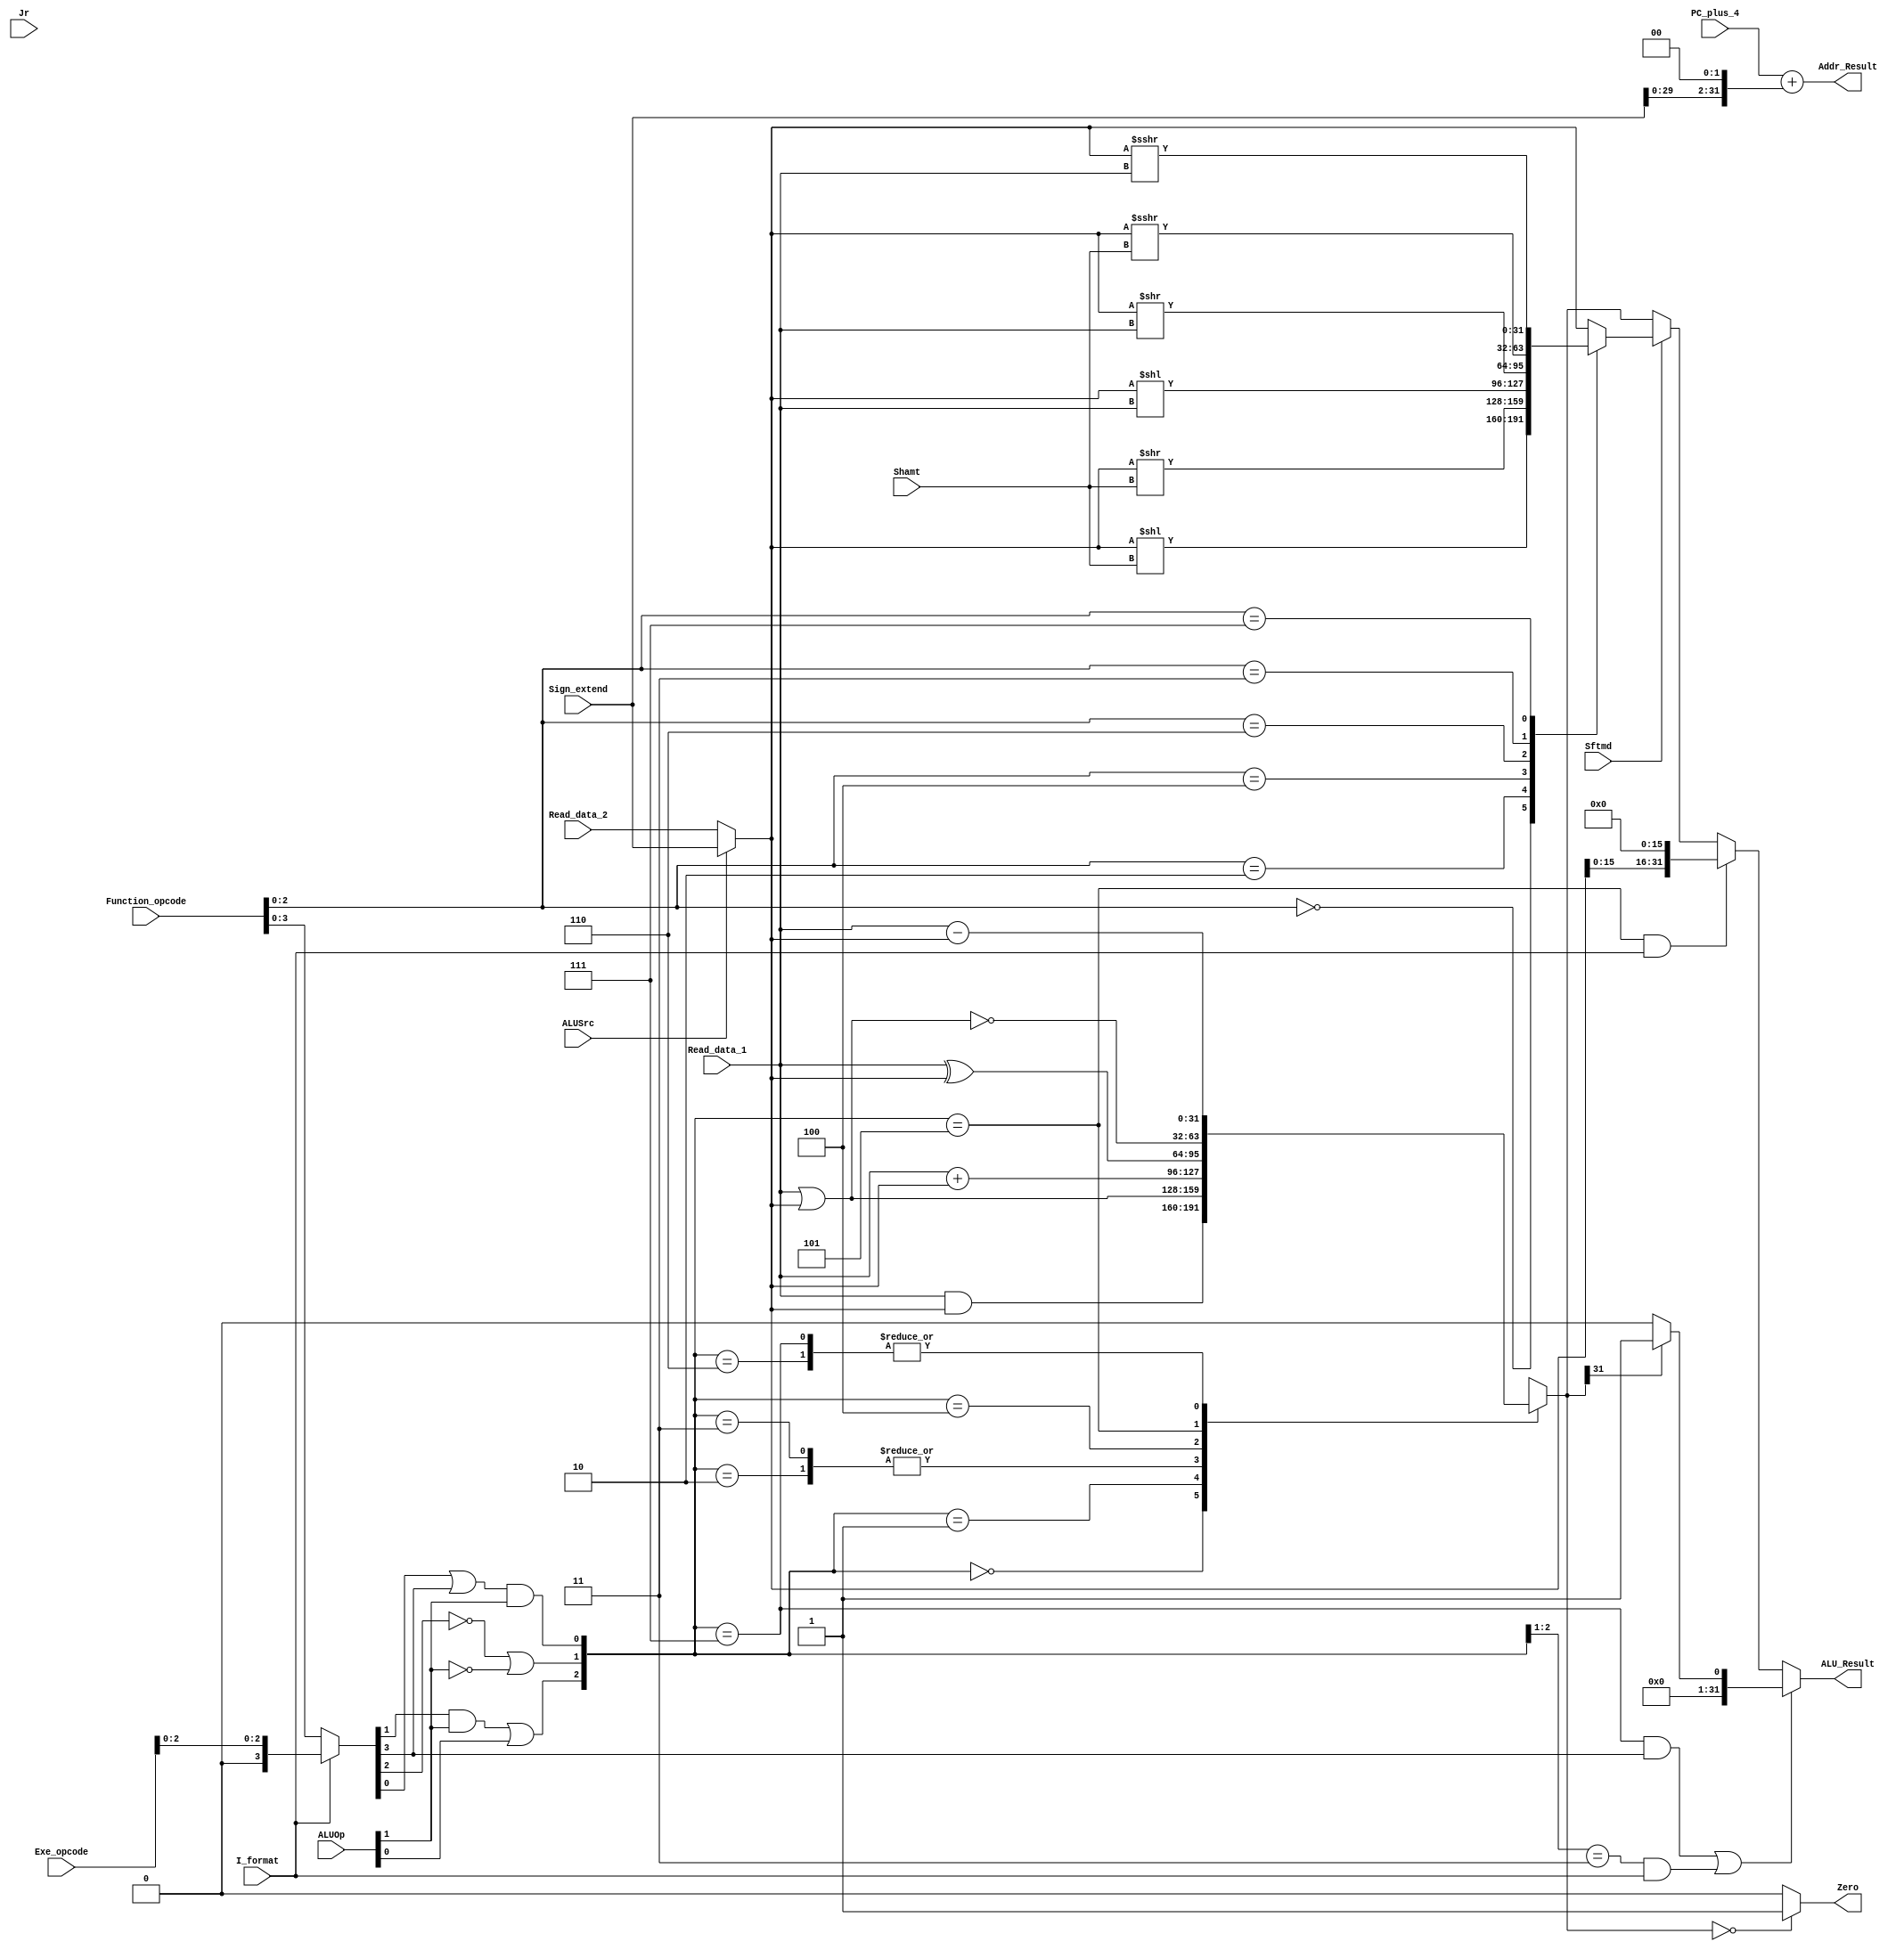
`timescale 1ns / 1ps

module Executs32(
    input [31:0] Read_data_1,
    input [31:0] Read_data_2,
    input [31:0] Sign_extend,
    input [5:0] Function_opcode,
    input [5:0] Exe_opcode,
    input [1:0] ALUOp,
    input [4:0] Shamt,
    input Sftmd,
    input ALUSrc,
    input I_format,
    input Jr,
    output Zero, 
    //the ALU calculation result
    output reg [31:0] ALU_Result,
    output[31:0] Addr_Result,
    input [31:0] PC_plus_4
    );
    
    //two operands for calculation
    wire[31:0] Ainput;
    wire[31:0] Binput;
    //use to generate ALU_ctrl. (I_format==0) ? Function_opcode : { 3'b000 , Opcode[2:0] }.
    wire[5:0] Exe_code; 
    //the control signals which affact operation in ALU directely.
    wire[2:0] ALU_ctl;
    //identify the types of shift instruction, equals to Function_opcode[2:0].
    wire[2:0] Sftm;
    //the result of shift operation.
    reg[31:0] Shift_Result;
    //the result of arithmetic or logic calculation.
    reg[31:0] ALU_output_mux;
    //the calculated address of the instruction, Addr_Result is Branch_Addr[31:0]
    wire[32:0] Branch_Addr; 
    
    assign Ainput = Read_data_1;
    assign Sftm = Function_opcode[2:0];
    assign Binput = (ALUSrc == 0) ? Read_data_2:Sign_extend[31:0];
    assign Exe_code = (I_format == 0) ? Function_opcode:{3'b000, Exe_opcode[2:0]};
    assign ALU_ctl[0] = (Exe_code[0] | Exe_code[3]) & ALUOp[1];
    assign ALU_ctl[1] = ((!Exe_code[2]) | (!ALUOp[1]));
    assign ALU_ctl[2] = (Exe_code[1] & ALUOp[1]) | ALUOp[0];
    assign Branch_Addr = PC_plus_4 + (Sign_extend << 2);
    assign Addr_Result = Branch_Addr[31:0];
    assign Zero = (ALU_output_mux == 0) ? 1'b1 : 1'b0;
    
    always @(ALU_ctl or Ainput or Binput) begin
        case(ALU_ctl)
            3'b000: ALU_output_mux = Ainput & Binput;
            3'b001: ALU_output_mux = Ainput | Binput;
            3'b010: ALU_output_mux = Ainput + Binput;
            3'b011: ALU_output_mux = Ainput + Binput;
            3'b100: ALU_output_mux = Ainput ^ Binput;
            3'b101: ALU_output_mux = ~(Ainput | Binput);
            3'b110: ALU_output_mux = Ainput - Binput;
            3'b111: ALU_output_mux = Ainput - Binput;
            default: ALU_output_mux = 32'h0000_0000;
        endcase
    end
    
    always @* begin
        if(Sftmd) begin
            case(Sftm[2:0])
                3'b000: Shift_Result = Binput << Shamt;
                3'b010: Shift_Result = Binput >> Shamt;
                3'b100: Shift_Result = Binput << Ainput;
                3'b110: Shift_Result = Binput >> Ainput;
                3'b011: Shift_Result = $signed(Binput) >>> Shamt;
                3'b111: Shift_Result = $signed(Binput) >>> Ainput;
                default: Shift_Result = Binput;
            endcase
        end
        else begin
            Shift_Result = Binput;
        end
    end
    
    always @* begin
        //set type operation (slt, slti, sltu, sltiu)
        if (((ALU_ctl==3'b111) && (Exe_code[3]==1)) || ((ALU_ctl[2:1]==2'b11) && (I_format==1)))
            ALU_Result = (ALU_output_mux[31] == 1) ? 1'b1 : 1'b0;
        //lui operation
        else if ((ALU_ctl==3'b101) && (I_format==1))
            ALU_Result = {Binput[15:0] , 16'h0000};
        //shift operation
        else if(Sftmd==1)
            ALU_Result = Shift_Result;
        //other types of operation in ALU (arithmatic or logic calculation)
        else
            ALU_Result = ALU_output_mux[31:0];
    end
    
endmodule